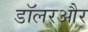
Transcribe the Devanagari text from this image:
डॉलरऔर